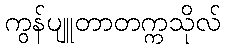
ကွန်ပျူတာတက္ကသိုလ်